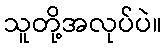
သူတို့အလုပ်ပဲ။